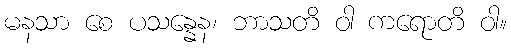
မနသာ စေ ပသန္နေန၊ ဘာသတိ ဝါ ကရောတိ ဝါ။